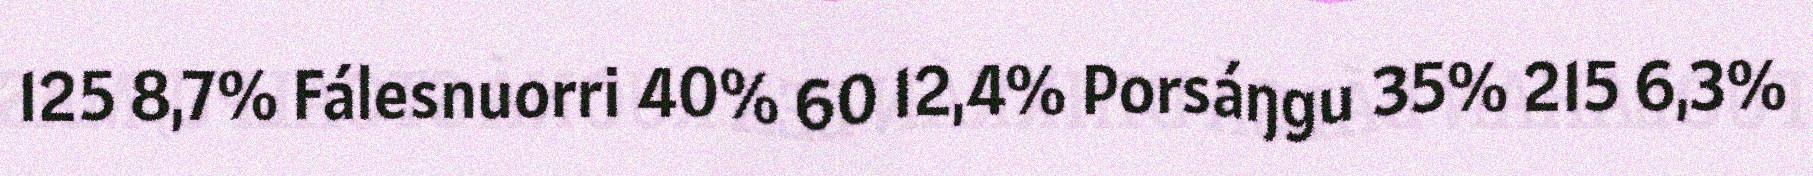
125 8,7% Fálesnuorri 40% 60 12,4% Porsáŋgu 35% 215 6,3%